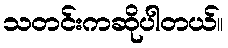
သတင်းကဆိုပါတယ်။